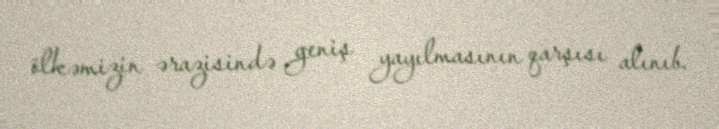
ölkəmizin ərazisində geniş yayılmasının qarşısı alınıb.